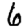
Digit: 6